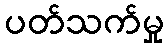
ပတ်သက်မှု